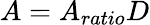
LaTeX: A=A_{ratio}D